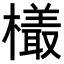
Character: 𬄿